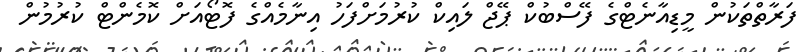
ފަރާތްތަކުން މީޑިއާނެޓްގެ ފޭސްބުކް ޕޭޖް ލައިކް ކުރުމަށްފަހު އިނާމެއްގެ ފޮޓޯއަށް ކޮމެންޓް ކުރުމުން